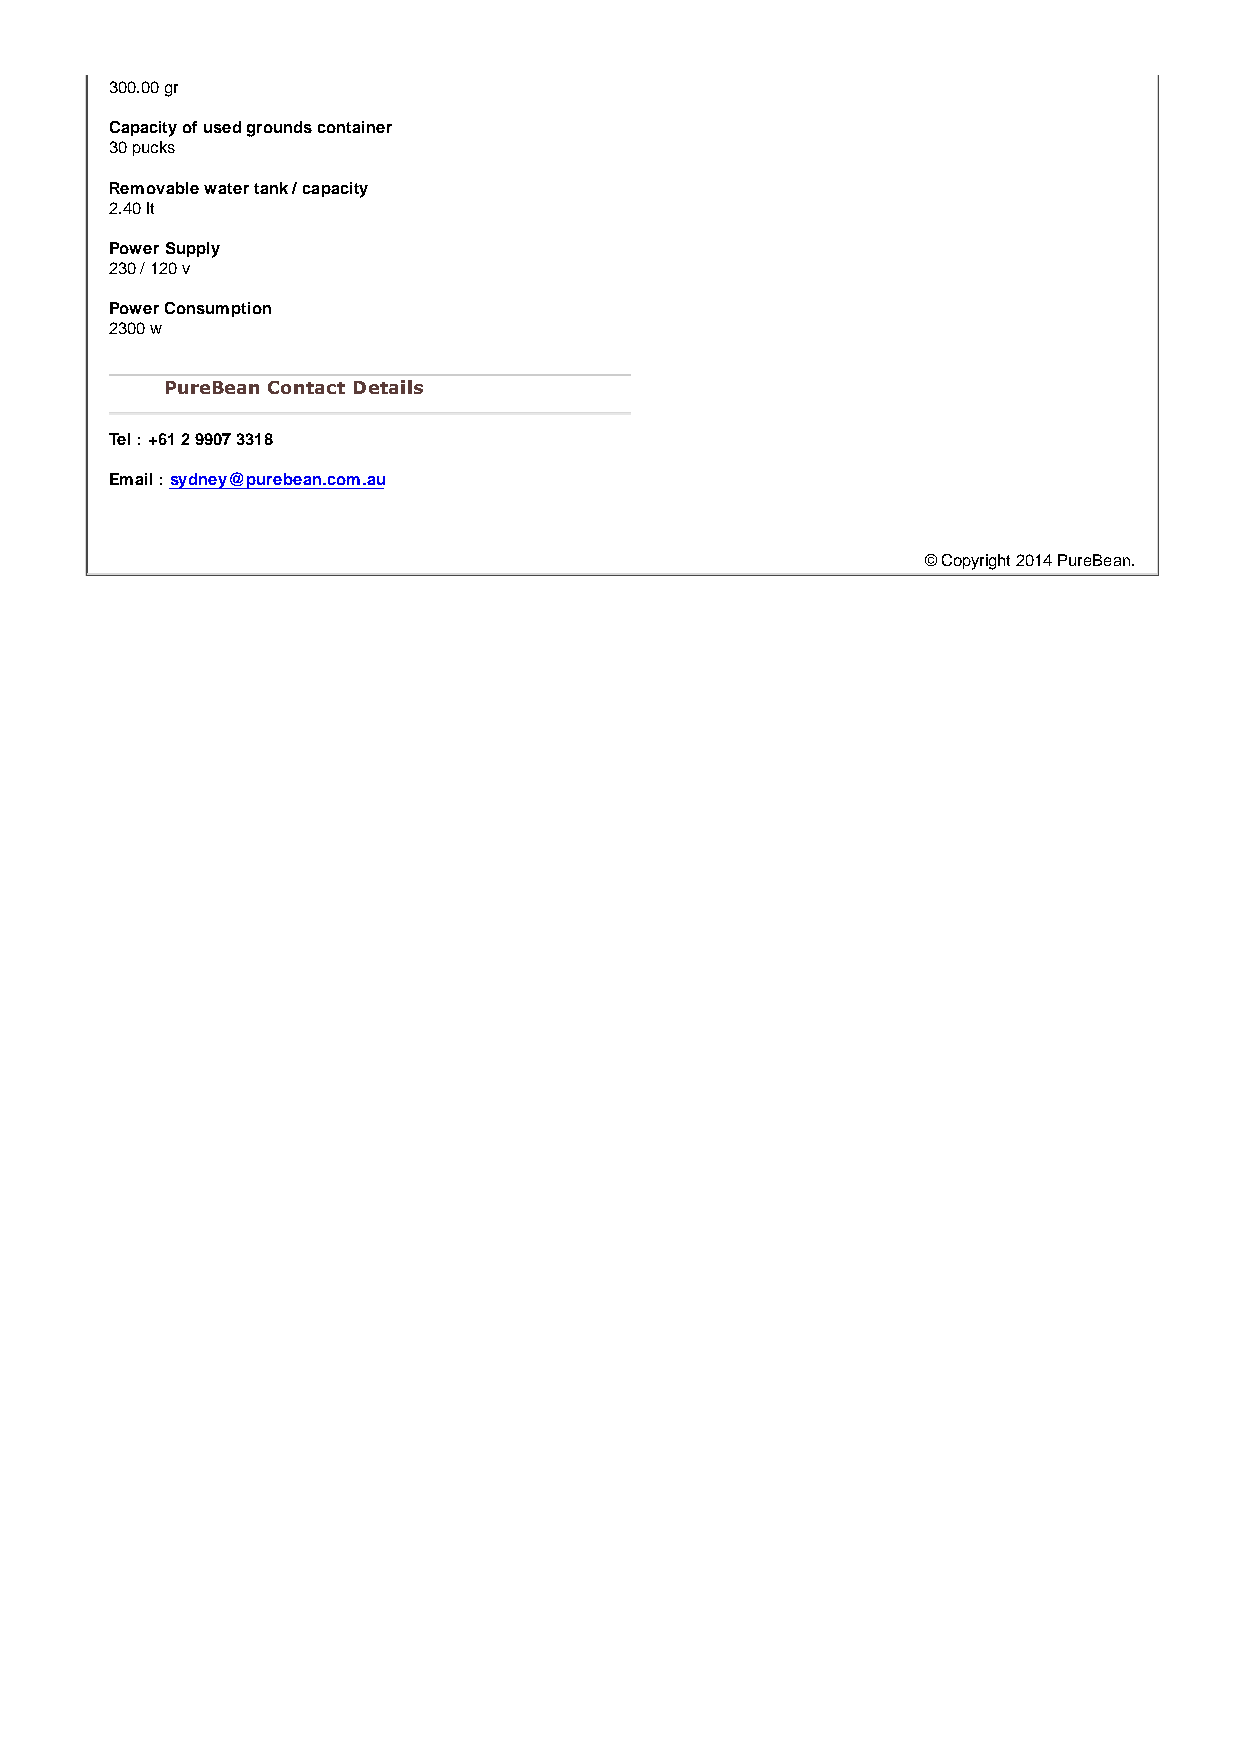
300.00 gr
 Capacity of used grounds container
 30 pucks
 Removable water tank / capacity
 2.40 lt
 Power Supply
 230 / 120 v
 Power Consumption
 2300 w
 PureBean Contact Details
 Tel : +61 2 9907 3318
 Email : sydney@purebean.com.au
 © Copyright 2014 PureBean.